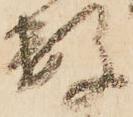
数